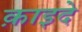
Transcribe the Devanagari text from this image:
क़ाइदे